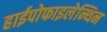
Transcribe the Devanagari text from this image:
हाईपोफाइलेन्थिन